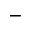
-